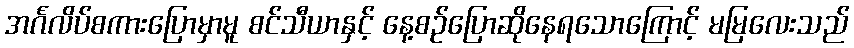
အင်္ဂလိပ်စကားပြောမှာမူ စင်သီယာနှင့် နေ့စဉ်ပြောဆိုနေရသောကြောင့် မမြလေးသည်